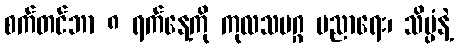
စက်တင်ဘာ ၈ ရက်နေ့ကို ကုလသမဂ္ဂ ပညာရေး၊ သိပ္ပံနဲ့